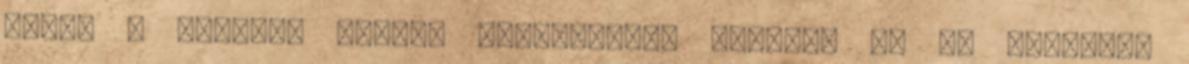
aztán a kukában végzi. Szívfacsaró élmény. Én ha tehetem,